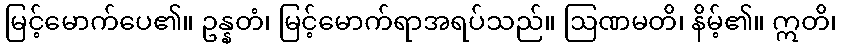
မြင့်မောက်ပေ၏။ ဥန္နတံ၊ မြင့်မောက်ရာအရပ်သည်။ ဩဏမတိ၊ နိမ့်၏။ ဣတိ၊